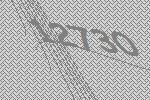
12730